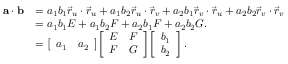
{ \begin{array} { r l } { \mathbf { a } \cdot \mathbf { b } } & { = a _ { 1 } b _ { 1 } { \vec { r } } _ { u } \cdot { \vec { r } } _ { u } + a _ { 1 } b _ { 2 } { \vec { r } } _ { u } \cdot { \vec { r } } _ { v } + a _ { 2 } b _ { 1 } { \vec { r } } _ { v } \cdot { \vec { r } } _ { u } + a _ { 2 } b _ { 2 } { \vec { r } } _ { v } \cdot { \vec { r } } _ { v } } \\ & { = a _ { 1 } b _ { 1 } E + a _ { 1 } b _ { 2 } F + a _ { 2 } b _ { 1 } F + a _ { 2 } b _ { 2 } G . } \\ & { = { \left[ \begin{array} { l l } { a _ { 1 } } & { a _ { 2 } } \end{array} \right] } { \left[ \begin{array} { l l } { E } & { F } \\ { F } & { G } \end{array} \right] } { \left[ \begin{array} { l } { b _ { 1 } } \\ { b _ { 2 } } \end{array} \right] } \, . } \end{array} }